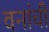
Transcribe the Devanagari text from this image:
वनांची